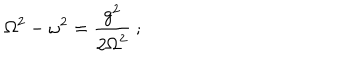
\displaystyle { \mathrm { \Omega } ^ { 2 } - \omega ^ { 2 } = { \frac { g ^ { 2 } } { 2 \mathrm { \Omega } ^ { 2 } } } \ ; }